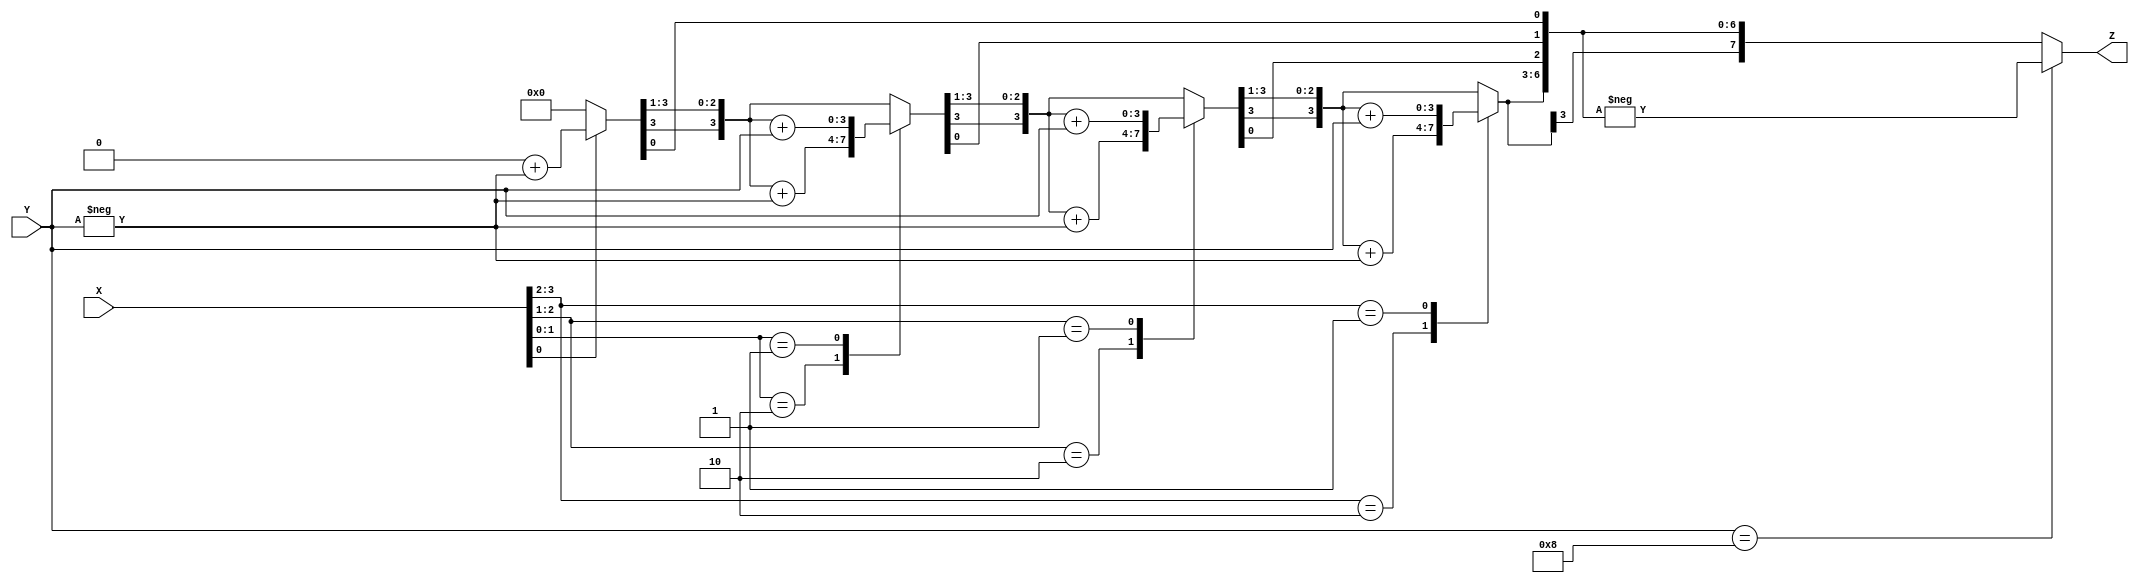
`timescale 1ns / 1ps
//////////////////////////////////////////////////////////////////////////////////
// Company: 
// Engineer: 
// 
// Design Name: 
// Module Name:    booth_algorithm 
// Project Name: 
// Target Devices: 
// Tool versions: 
// Description: 
//
// Dependencies: 
//
// Revision: 
// Revision 0.01 - File Created
// Additional Comments: 
//
//////////////////////////////////////////////////////////////////////////////////
module booth (X, Y, Z);
input signed [3:0] X, Y;
output signed [7:0] Z;
reg signed [7:0] Z;
reg [1:0] temp;
integer i;
reg E1;
reg [3:0] Y1;
always @ (X, Y)	begin
	Z = 8'd0;
	E1 = 1'd0;
	for (i = 0; i < 4; i = i + 1)	begin
		temp = {X[i], E1};
		//The above statement is cocatenation
		Y1 = - Y;
		//Y1 is the 2' complement of Y
		case (temp)
			2'd2 : Z [7 : 4] = Z [7 : 4] + Y1;
			2'd1 : Z [7 : 4] = Z [7 : 4] + Y;
			default : begin end
		endcase
		Z = Z >>> 1;
		/*The above statement is arithmetic shift of one position to the right*/
		E1 = X[i];
		 end
		if (Y == 4'd8) 
		/*If Y = 1000; then according to our code,
		Y1 = 1000 (-8 not 8, because Y1 is 4 bits only).
		The statement sum = - sum adjusts the answer.*/
		 begin
		 Z = - Z;
	 end
 end
endmodule